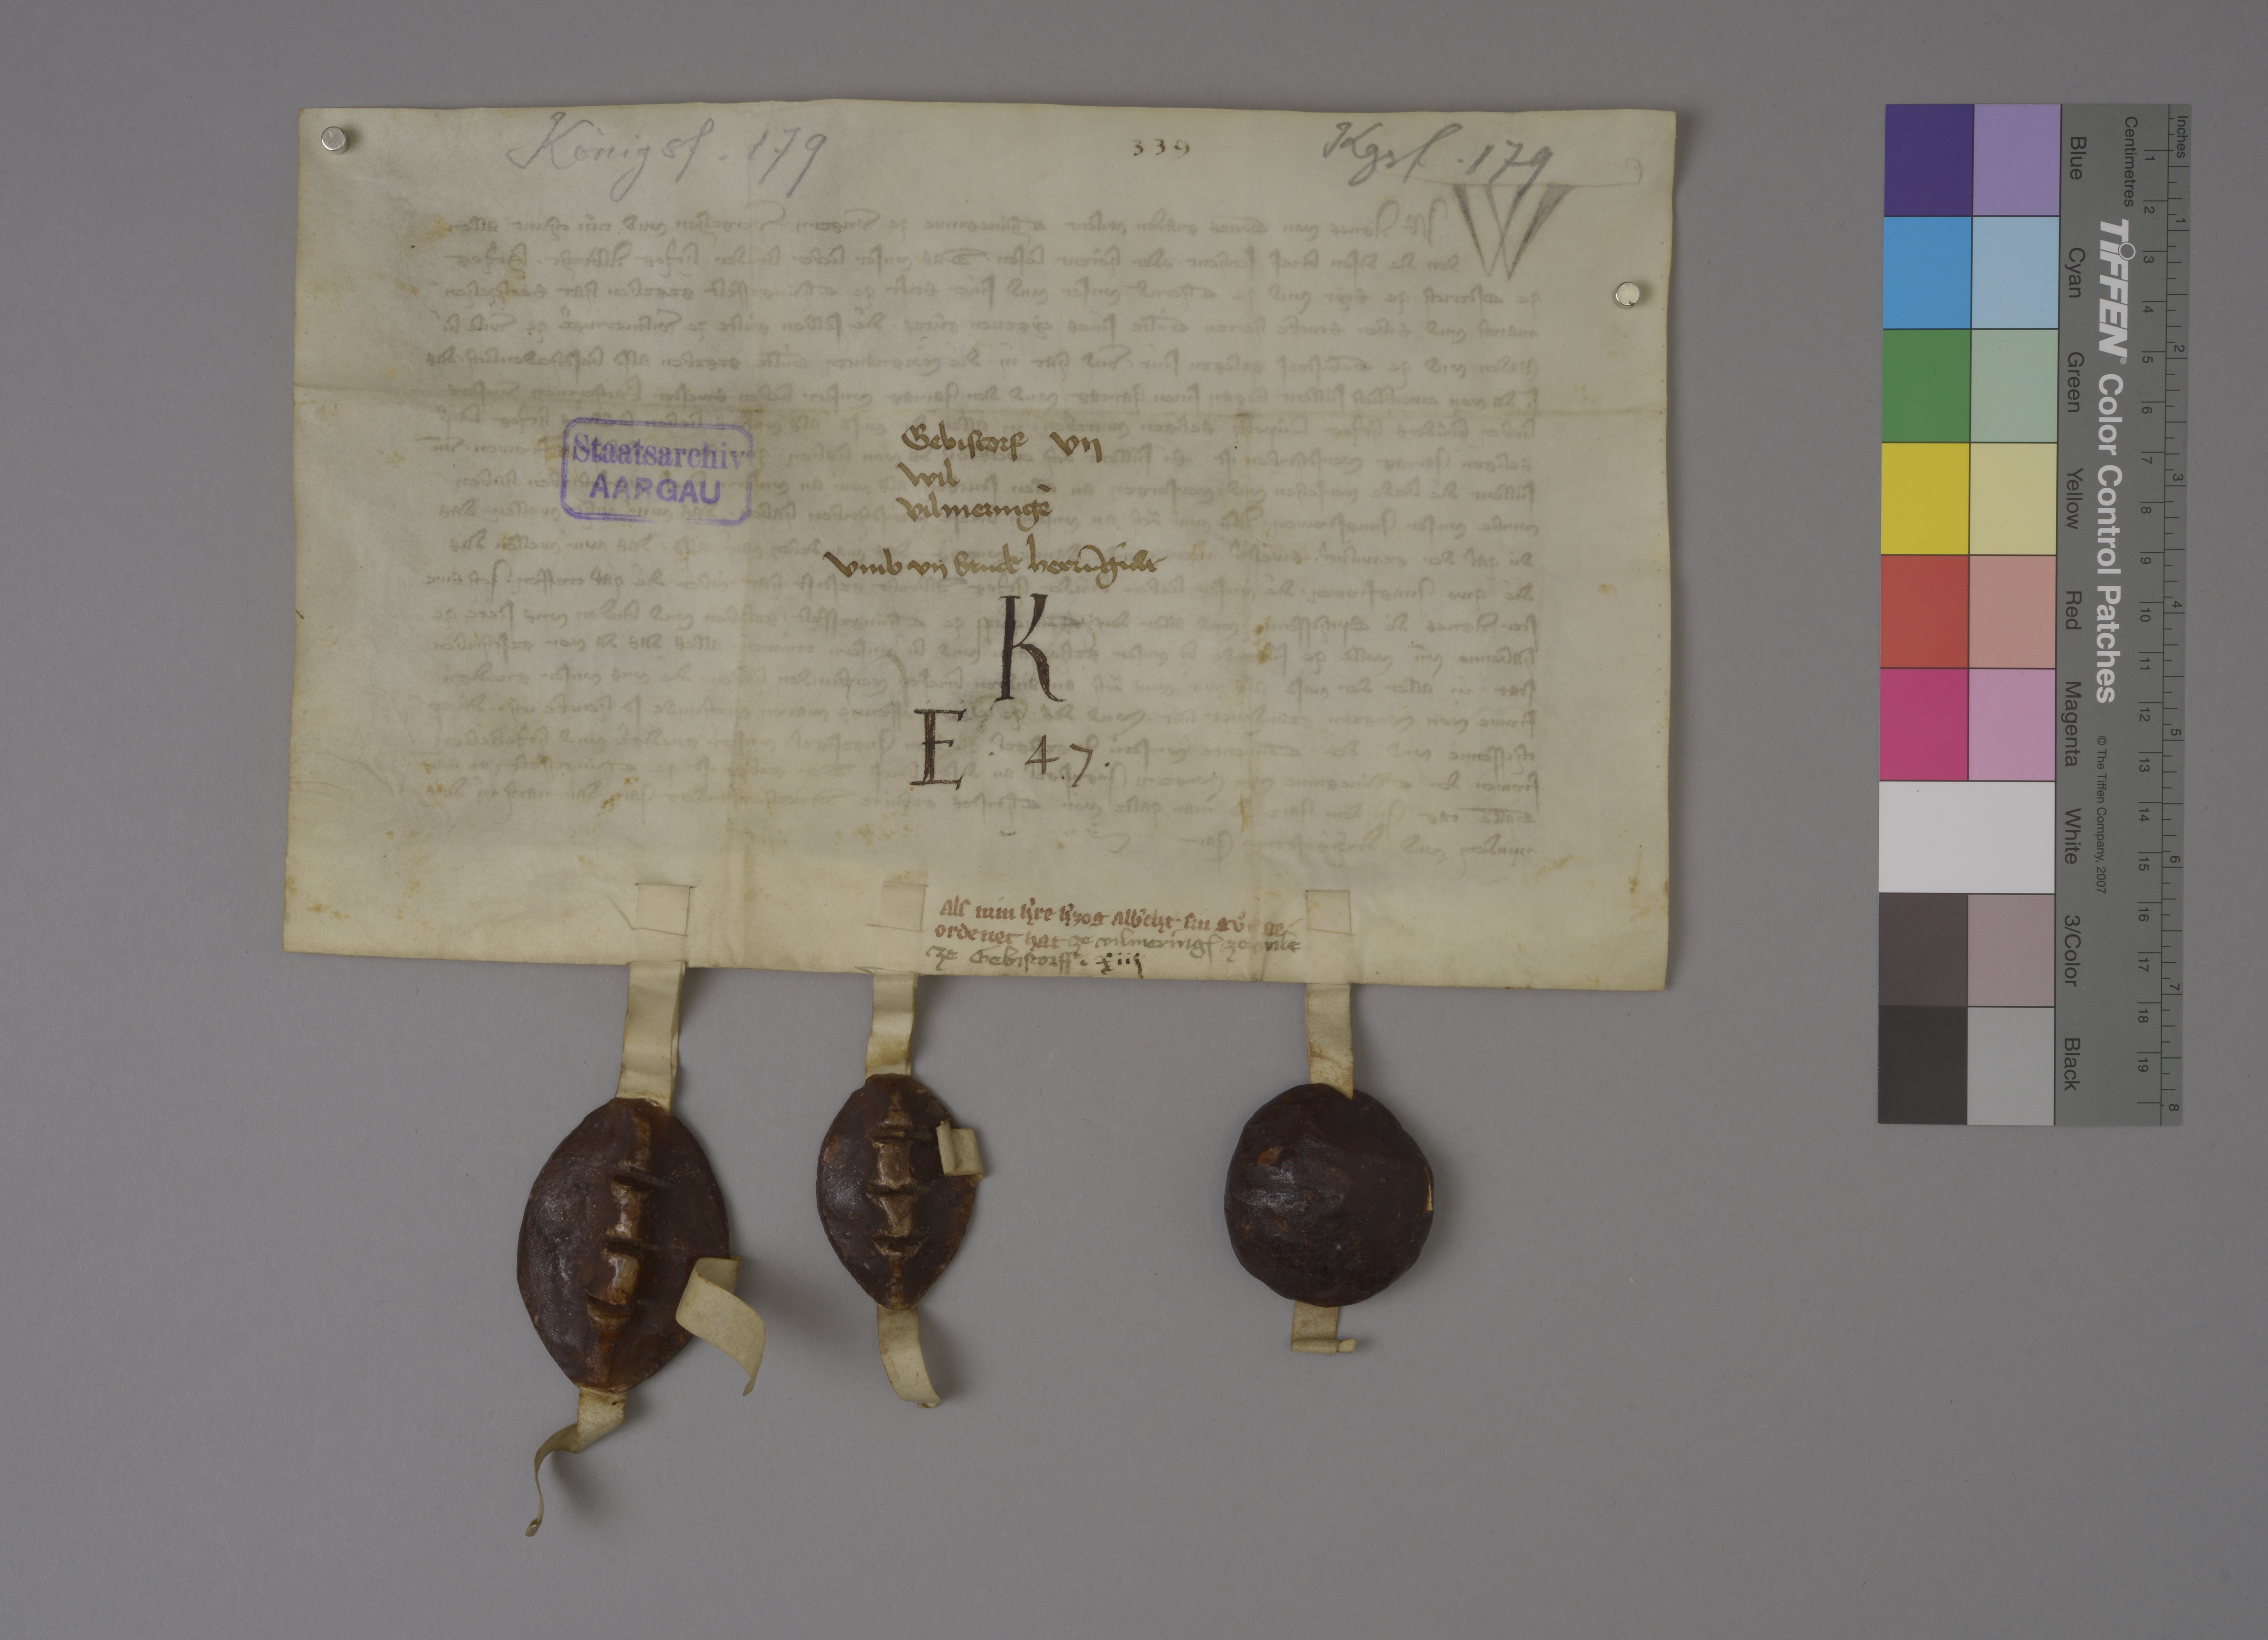
Königsf. 179

Kgsf. 179

339

Gebistorf vij
Wil
Vilmeringē
umb vij stuck herrn̄gùlt

Staatsarchiv
AARGAU

K
E ✳ 47 ✳

A ✳ 9

als min hˀre hˀzog Albˀcht sin guͦt ge¬
ordenet hat

ze Vilmering₎ ✳ ze Wile
ze Gebistorff ✳

xiij